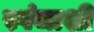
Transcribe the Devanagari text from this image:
स्पंजाशी